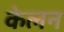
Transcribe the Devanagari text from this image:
केलन